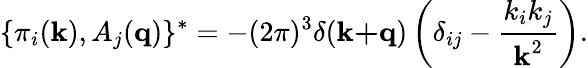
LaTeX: \{ \pi_{i}(\textbf{k}),A_{j}(\textbf{q})\} ^{*}=-(2\pi)^{3}\delta(\textbf{k+q})\left(\delta_{ij}-\frac{k_{i}k_{j}}{\textbf{k}^{2}}\right).